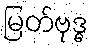
မြတ်ဗုဒ္ဓ